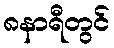
၈နာရီတွင်